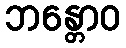
ဘန္တောဝ